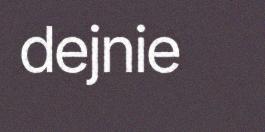
dejnie